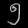
Digit: ၅